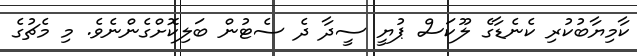
ކާމިޔާބުކުރި ކެނެޑާގެ ލޫކަސް ޕުޔީ ސީދާ ދެ ސެޓުން ބަލިކޮށްގެންނެވެ. މި މެޗުގެ